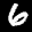
Label: 6